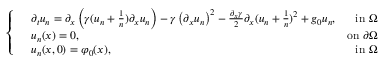
\left\{ \begin{array} { r l r } & { \partial _ { t } u _ { n } = \partial _ { x } \left( \gamma ( u _ { n } + \frac { 1 } { n } ) \partial _ { x } u _ { n } \right) - \gamma \left( \partial _ { x } u _ { n } \right) ^ { 2 } - \frac { \partial _ { x } \gamma } { 2 } \partial _ { x } ( u _ { n } + \frac { 1 } { n } ) ^ { 2 } + g _ { 0 } u _ { n } , } & { \mathrm { i n ~ } \Omega } \\ & { u _ { n } ( x ) = 0 , } & { \mathrm { o n ~ } \partial \Omega } \\ & { u _ { n } ( x , 0 ) = \varphi _ { 0 } ( x ) , } & { \mathrm { i n ~ } \Omega } \end{array} \right.